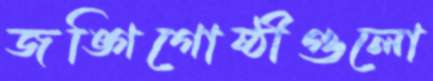
জঙ্গিগোষ্ঠীগুলো